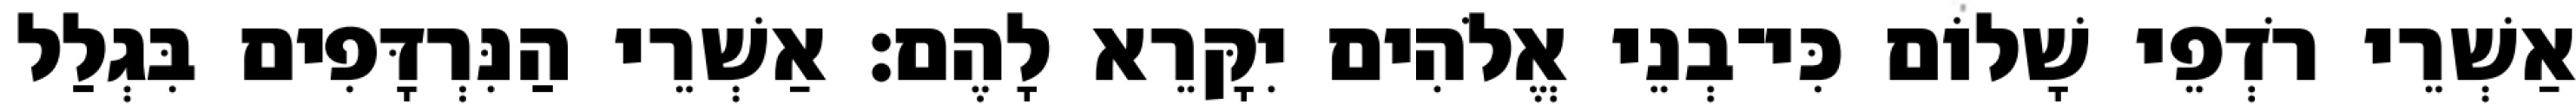
אַשְׁרֵי רֹדְפֵי שָׁלוֹם כִּי־בְנֵי אֱלֹהִים יִקָּרֵא לָהֶם׃ אַשְׁרֵי הַנִּרְדָּפִים בִּגְלַל